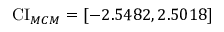
\operatorname { C I } _ { M C M } = [ - 2 . 5 4 8 2 , 2 . 5 0 1 8 ]